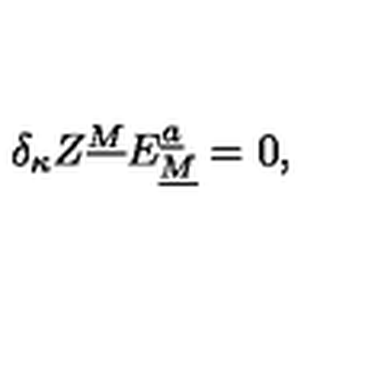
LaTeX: \delta _ { \kappa } Z ^ { \underline { M } } E _ { \underline { M } } ^ { \underline { a } } = 0 ,